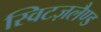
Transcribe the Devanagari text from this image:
स्विटज़लैण्ड